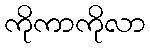
ကိုကာကိုလာ